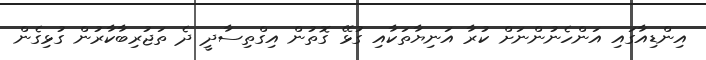
އިންޑިއާގައި އަންހެނުންނަށް ކުރާ އަނިޔާތަކާއި ގުޅޭ ގޮތުން އިގްތިސާދީ ދެ ތަޖުރިބާކާރުން ގުޅިގެން